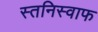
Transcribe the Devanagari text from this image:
स्तनिस्वाफ